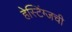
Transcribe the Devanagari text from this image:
हेस्टिंग्जची